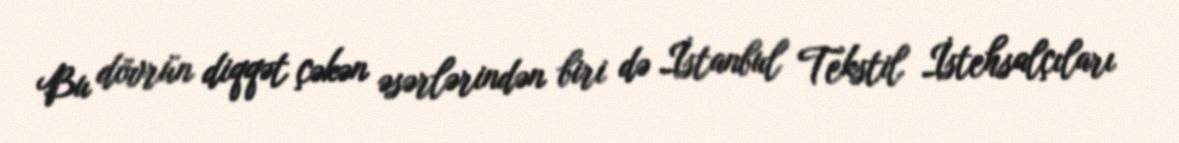
Bu dövrün diqqət çəkən əsərlərindən biri də İstanbul Tekstil İstehsalçıları